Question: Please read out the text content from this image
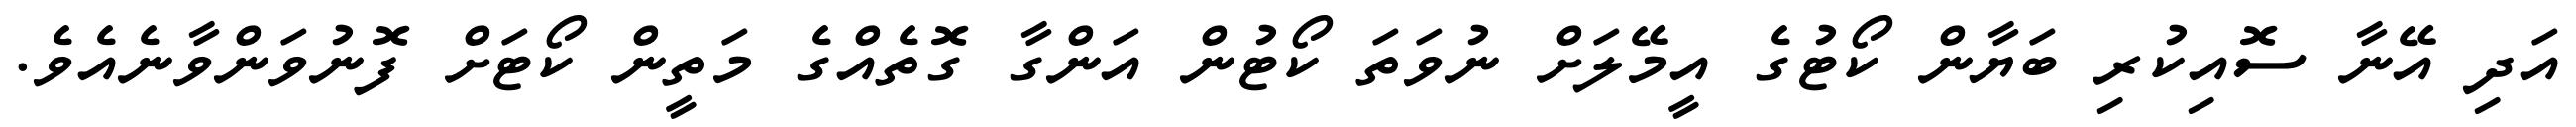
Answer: އަދި އޭނާ ސޮއިކުރި ބަޔާން ކޯޓުގެ އީމޭލަށް ނުވަތަ ކޯޓުން އަންގާ ގޮތެއްގެ މަތީން ކޯޓަށް ފޮނުވަންވާނެއެވެ.